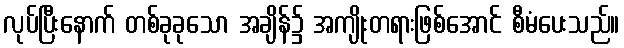
လုပ်ပြီးနောက် တစ်ခုခုသော အချိန်၌ အကျိုးတရားဖြစ်အောင် စီမံပေးသည်။